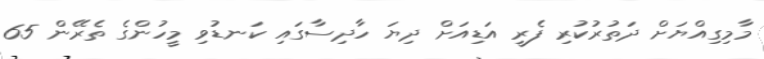
މާމިގިއްޔަށް ދަތުރުކުރި ފެރީ އަޑިއަށް ދިޔަ ހާދިސާގައި ކަނޑުވި މީހުންގެ ތެރޭން 65